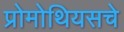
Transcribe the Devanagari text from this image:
प्रोमोथियसचे